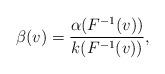
LaTeX: \begin{align*}\beta(v)=\frac{\alpha(F^{-1}(v))}{k(F^{-1}(v))},\end{align*}